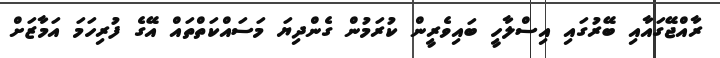
ރާއްޖޭގައާއި ބޭރުގައި އިސްލާހީ ބައިވެރީން ކުރަމުން ގެންދިޔަ މަސައްކަތްތައް އޭގެ ފުރިހަމަ އަމާޒަށް